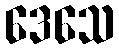
ဒေသေ